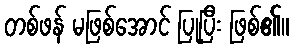
တစ်ဖန် မဖြစ်အောင် ပြုပြီး ဖြစ်၏။